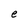
Character: e